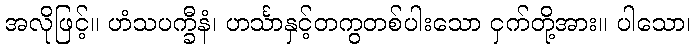
အလိုဖြင့်။ ဟံသပက္ခီနံ၊ ဟင်္သာနှင့်တကွတစ်ပါးသော ငှက်တို့အား။ ပါသော၊